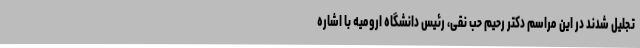
تجلیل شدند در این مراسم دکتر رحیم حب نقی، رئیس دانشگاه ارومیه با اشاره